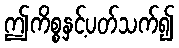
ဤကိစ္စနှင့်ပတ်သက်၍